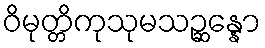
ဝိမုတ္တိကုသုမသဉ္ဆန္နော